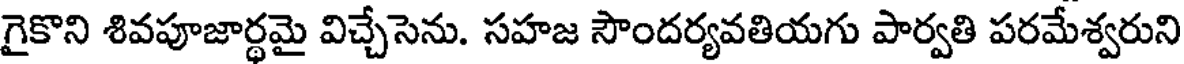
గైకొని శివపూజార్థమై విచ్చేసెను. సహజ సౌందర్యవతియగు పార్వతి పరమేశ్వరుని